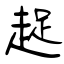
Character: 趗